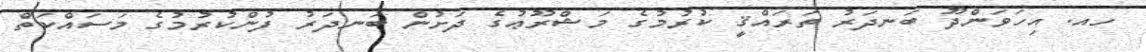
ހއ. އިހަވަންދޫ ބަނދަރު ތަރައްޤީ ކުރުމުގެ މަޝްރޫޢުގެ ދަށުން ބަނދަރު ފުންކުރުމުގެ މަސައްކަތް